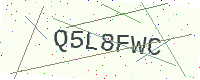
Text: Q5L8FWC